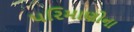
પરિમાણોના